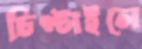
চিপ্‌টাইলে